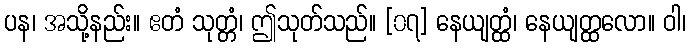
ပန၊ အသို့နည်း။ ဧတံ သုတ္တံ၊ ဤသုတ်သည်။ [၀၇] နေယျတ္ထံ၊ နေယျတ္ထလော။ ဝါ၊